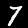
Digit: 7